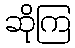
ဆိုကြ